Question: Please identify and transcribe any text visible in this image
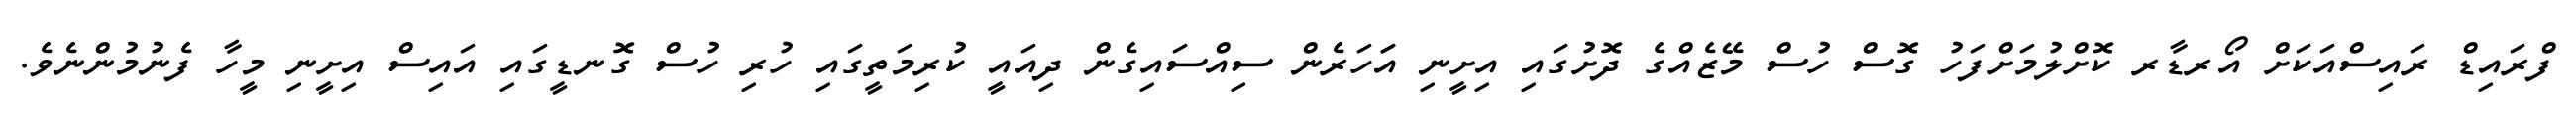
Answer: ފްރައިޑް ރައިސްއަކަށް އޯރޑާރ ކޮށްލުމަށްފަހު ގޮސް ހުސް މޭޒެއްގެ ދޮށުގައި އިށީނި އަަހަރެން ސިއްސައިގެން ދިއައީ ކުރިމަތީގައި ހުރި ހުސް ގޮނޑީގައި އައިސް އިށީނި މީހާ ފެނުމުންނެވެ.